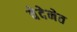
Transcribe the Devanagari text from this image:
वेदेनेत